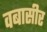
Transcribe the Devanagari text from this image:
वबासीर